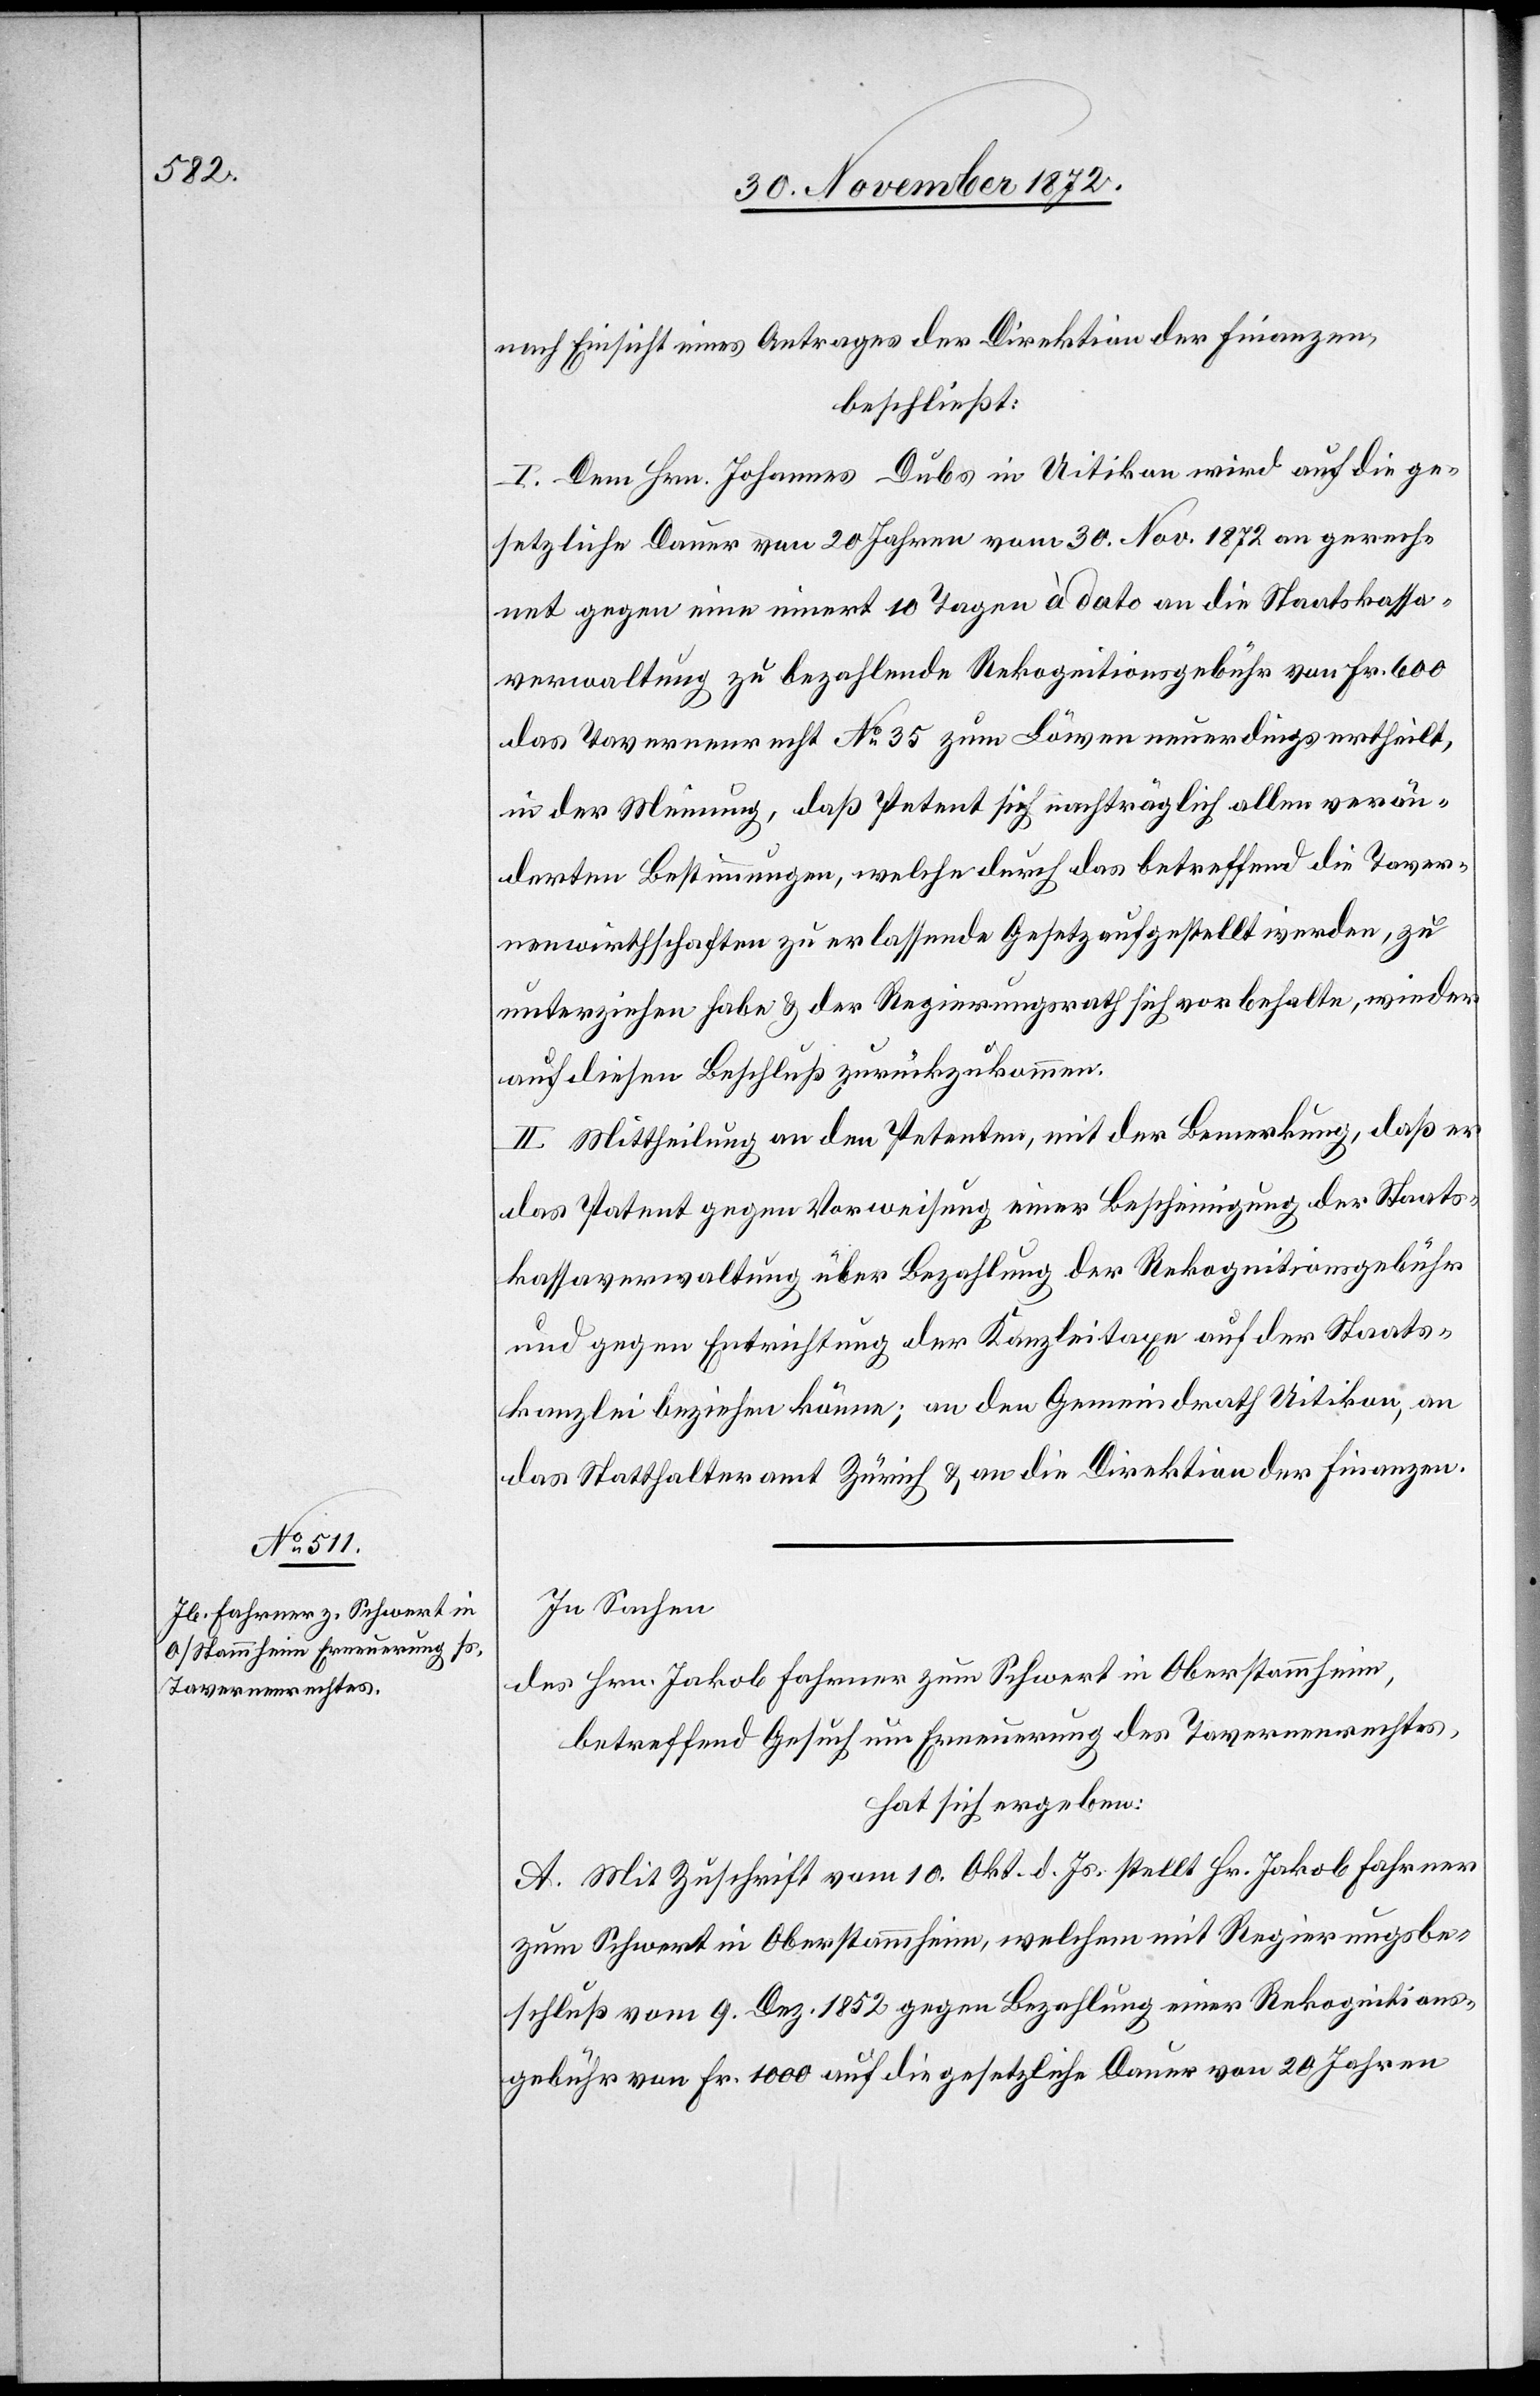
nach Einsicht eines Antrages der Direktion der Finanzen,
beschließt:
I. Dem Hrn. Johannes Dubs in Uitikon wird auf die ge¬
setzliche Dauer von 20 Jahren vom 30. Nov. 1872 an gerech¬
net gegen eine innert 10 Tagen à dato an die Staatskassa¬
verwaltung zu bezahlende Rekognitionsgebühr von Fr. 600
das Tavernenrecht No 35 zum Löwen neuerdings ertheilt,
in der Meinung, daß Petent sich nachträglich allen verän¬
derten Bestimmungen, welche durch das betreffend die Taver¬
nenwirthschaften zu erlassende Gesetz aufgestellt werden, zu
unterziehen habe u. der Regierungsrath sich vorbehalte, wieder
auf diesen Beschluß zurückzukommen.
II. Mittheilung an den Petenten, mit der Bemerkung, daß er
das Patent gegen Vorweisung einer Bescheinigung der Staats¬
kassaverwaltung über Bezahlung der Rekognitionsgebühr
und gegen Entrichtung der Kanzleitaxe auf der Staats¬
kanzlei beziehen könne; an den Gemeindrath Uitikon, an
das Statthalteramt Zürich u. an die Direktion der Finanzen.
In Sachen
des Hrn. Jakob Fahrner zum Schwert in Oberstammheim,
betreffend Gesuch um Erneuerung des Tavernenrechtes,
hat sich ergeben:
A. Mit Zuschrift vom 10. Okt. d. Js. stellt Hr. Jakob Fahrner
zum Schwert in Oberstammheim, welchem mit Regierungsbe¬
schluß vom 9. Dez. 1852 gegen Bezahlung einer Rekognitions¬
gebühr von Fr. 1 000 auf die gesetzliche Dauer von 20 Jahren